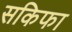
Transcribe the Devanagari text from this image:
सकिफा